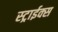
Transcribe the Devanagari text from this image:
स्ट्राईक्स